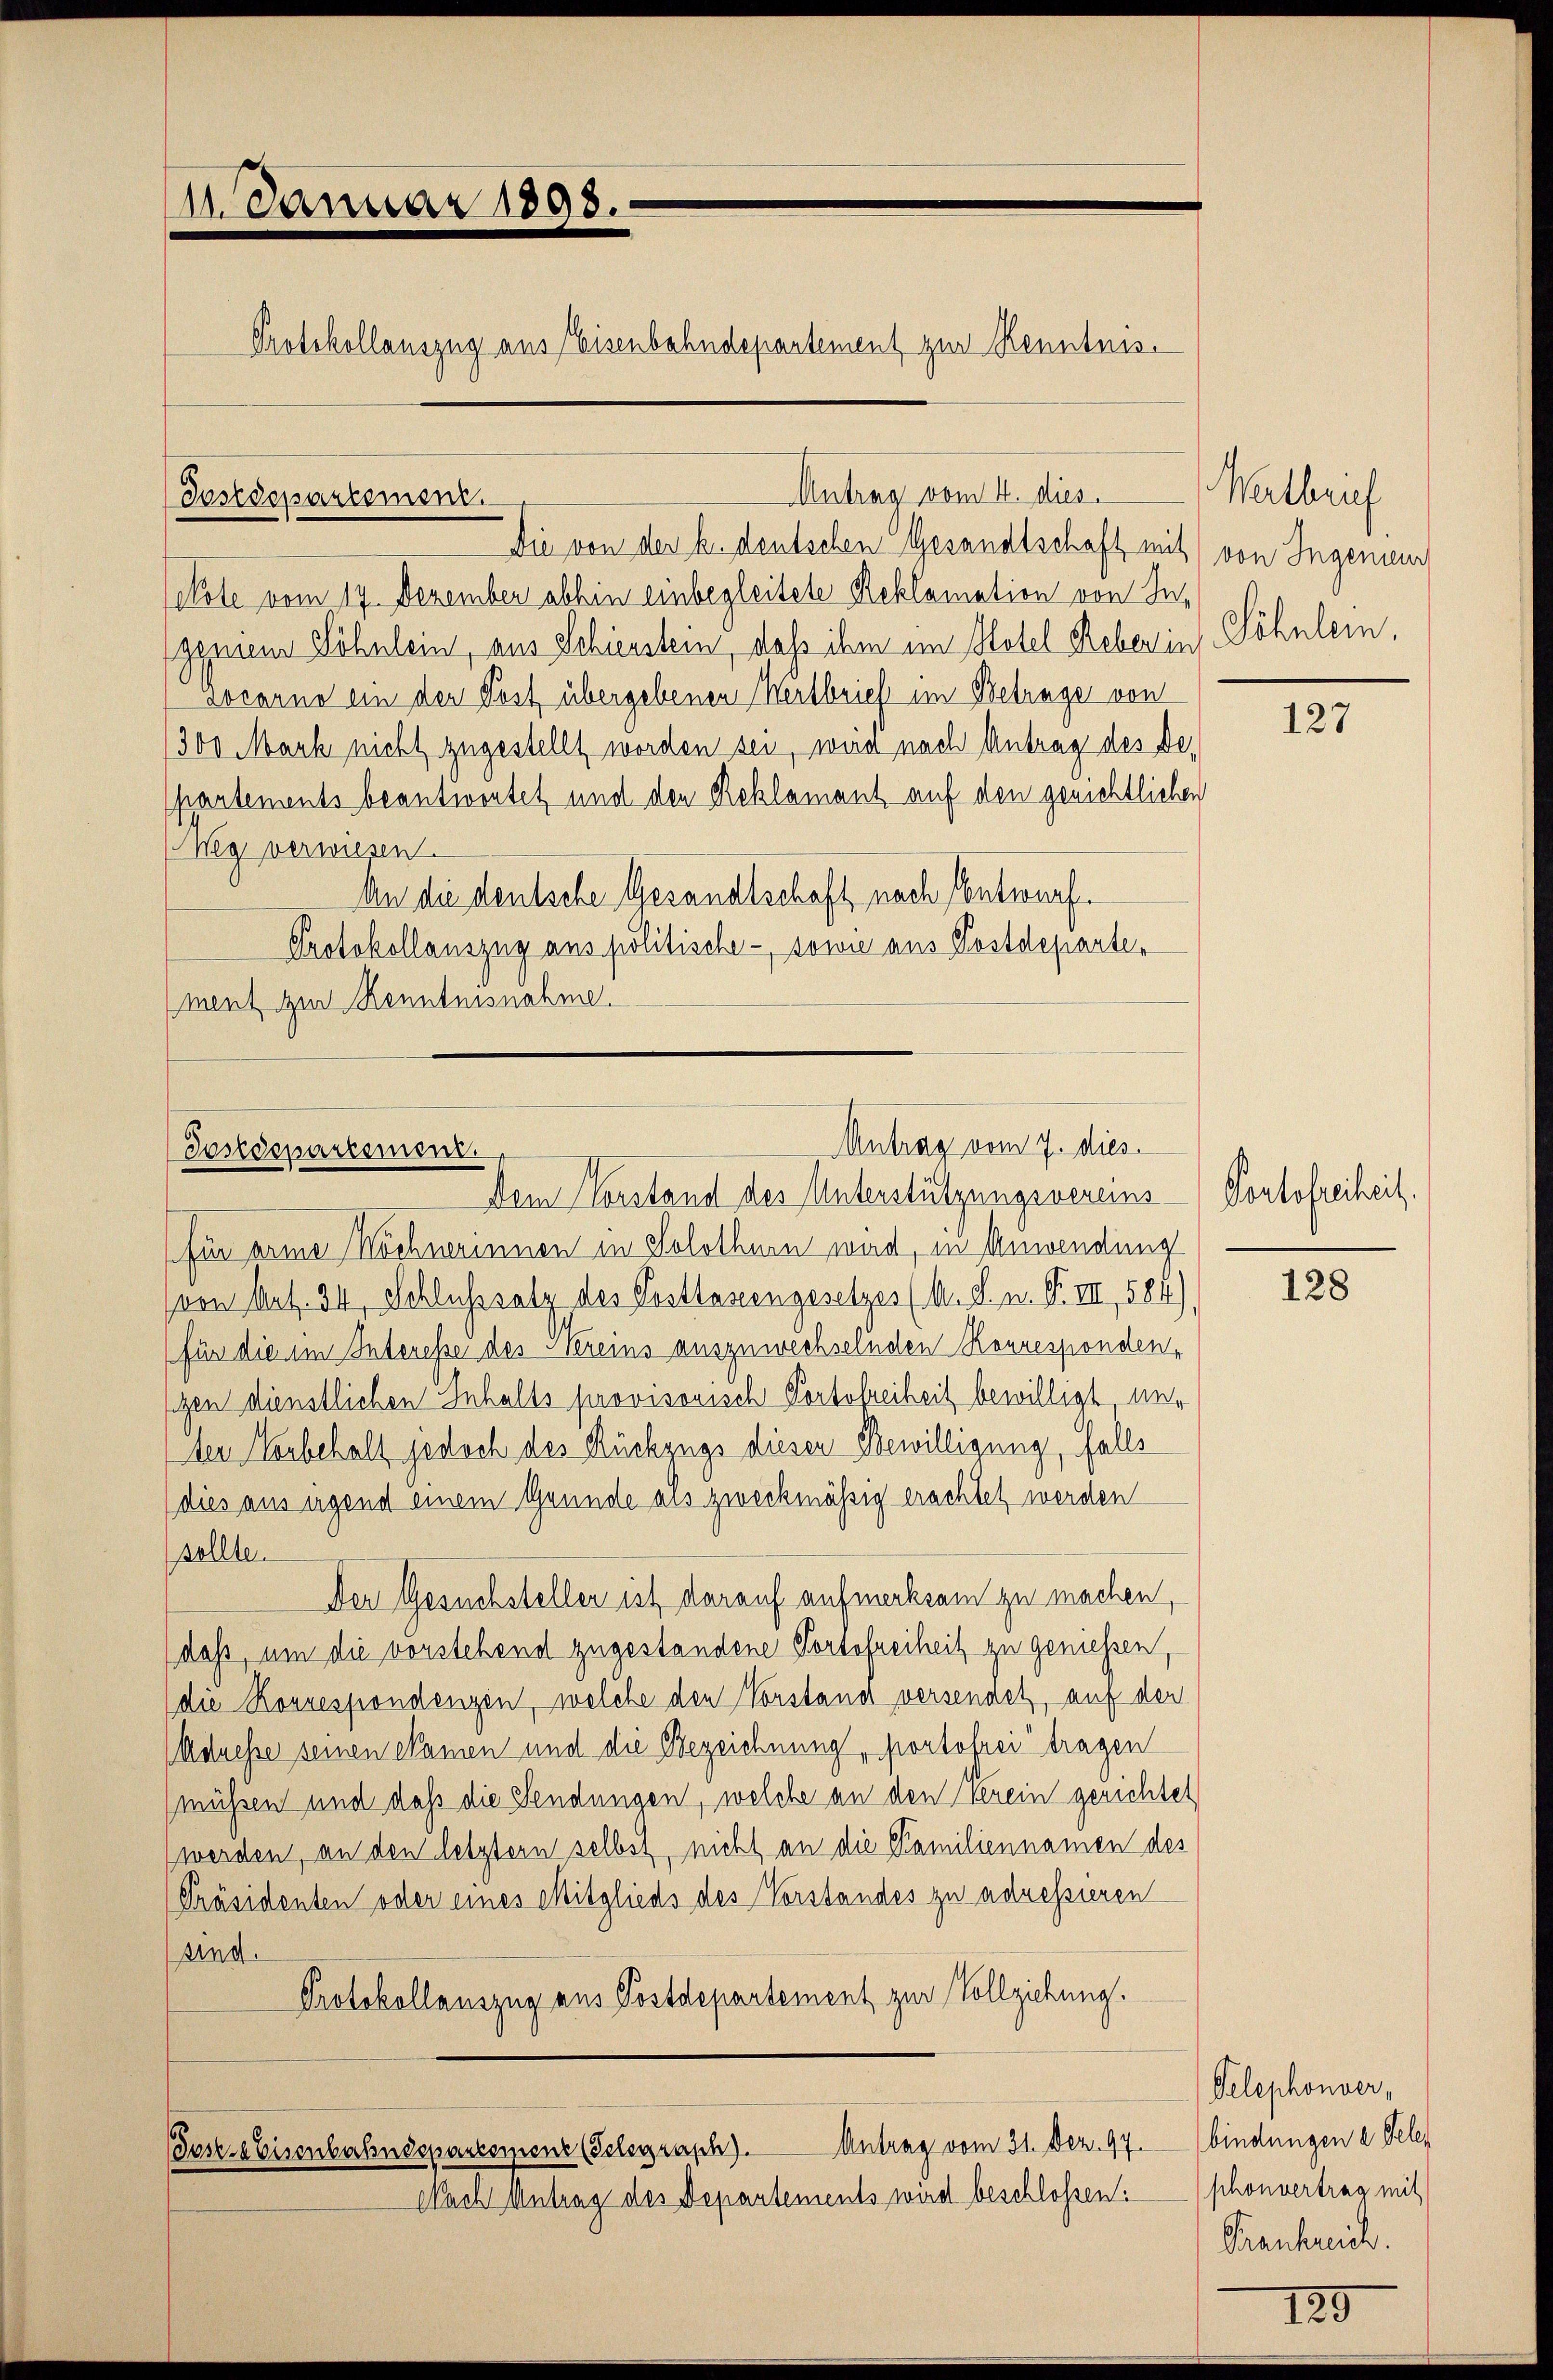
Die von der h. deutschen Gesandtschaft mit
ekole vom 17. Dezember abhin einbegleitete Reklamation von Inggnien Söhnlein, aus Schierstein, daß ihm im Hotel Reberin Söhnlein,
Locarno ein der Post übergebenen Wertbrief im Betrage von
(300 Mark nicht zugestellt worden sei, wird nach Antrag des Departements beantwortet und den Reklamant auf den gerichtlichen
Weg verwiesen.
An die deutsche Gesandtschaft nach Entwurf.
Protokollauszug aus politische - sowie aus Postdeparte,
ment zur Kenntnisnahme.

11. Januar 1898.
Protokollauszug aus Eisenbahndepartement zur Kenntnis.

Postdepartement.

Postdepartement.

für arme Nöchnerinnen in Solothurn war, in Anwendung
(von Art. 34, Schlußsatz des Postlosengesetzes (A. S. n. F. III, 584),
(für die im Interesse des Hereins auszuwechselnden Korresponden,
sigen dienstlichen Inhalts provisorisch Portofreiheit bewilligt, unten Vorbehalt jedoch des Rückzugs diesen Bewilligung, falls
dies aus irgend einem Grunde als zweckmäßig erachtet werden
sellte.
Der Gesuchsteller ist darauf aufmerksam zu machen,
daß, um die vorstehend zugestandene Portofreiheit zu geniessen,
die Korrespondenzen, welche den Vorstand versendet, auf den
(Adresse seinen Namen und die Bezeichnung, portofrei tragen
(müssen und daß die Sendungen, welche an den verein gerichtet
werden, an den letztern selbst, nicht an die Familiennamen des
Präsidenten oder eines Mitglieds des Vorstandes zu adressieren
sing.
Protokollauszug aus Postdepartement zur Vollziehung.

Antrag vom 4. dies

Antrag vom 7. dies

Antrag vom 31. Dez. 97.
Josse Eisenbahndepartemenz (Telegraph).
Nach Antrag des Departements wird beschlossen:

Dem Vorstand des Unterstützungsvereins Portofreiheit,

Walbrief
von Ingenieur

127

128

Telephonver,
bindungen a. Gelephonvertrag mit
Frankreich.

129